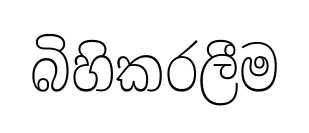
බිහිකරලීම